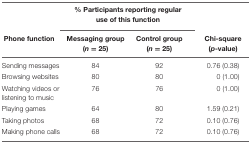
<table><thead><tr><td></td><td colspan="2"><b>% Participants reporting regular use of this function</b></td><td></td></tr><tr><td><b>Phone function</b></td><td><b>Messaging group (<i>n</i> = 25)</b></td><td><b>Control group (<i>n</i> = 25)</b></td><td><b>Chi-square (<i>p</i>-value)</b></td></tr></thead><tbody><tr><td>Sending messages</td><td>84</td><td>92</td><td>0.76 (0.38)</td></tr><tr><td>Browsing websites</td><td>80</td><td>80</td><td>0 (1.00)</td></tr><tr><td>Watching videos or listening to music</td><td>76</td><td>76</td><td>0 (1.00)</td></tr><tr><td>Playing games</td><td>64</td><td>80</td><td>1.59 (0.21)</td></tr><tr><td>Taking photos</td><td>68</td><td>72</td><td>0.10 (0.76)</td></tr><tr><td>Making phone calls</td><td>68</td><td>72</td><td>0.10 (0.76)</td></tr></tbody></table>